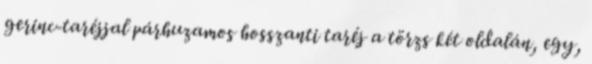
gerinc-taréjjal párhuzamos hosszanti taréj a törzs két oldalán, egy,